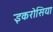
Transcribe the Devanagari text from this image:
इकरोसिया